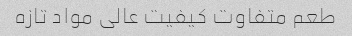
طعم متفاوت کیفیت عالی مواد تازه